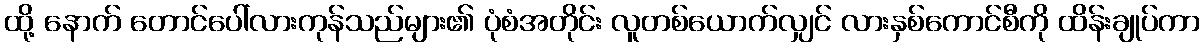
ထို့ နောက် တောင်ပေါ်လားကုန်သည်များ၏ ပုံစံအတိုင်း လူတစ်ယောက်လျှင် လားနှစ်ကောင်စီကို ထိန်းချုပ်ကာ